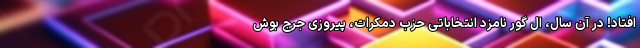
افتاد! در آن سال، ال گور نامزد انتخاباتی حزب دمکرات، پیروزی جرج بوش